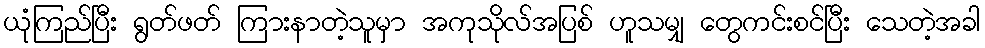
ယုံကြည်ပြီး ရွတ်ဖတ် ကြားနာတဲ့သူမှာ အကုသိုလ်အပြစ် ဟူသမျှ တွေကင်းစင်ပြီး သေတဲ့အခါ